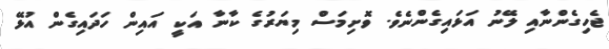
ޖެހިގެންނާއި ލޭނު އަޅައިގެންނެވެ. ވޮށިމަސް މިޔަރުގެ ކާނާ އަކީ އައިން ހަދައިގެން އުޅޭ